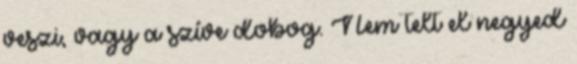
veszi, vagy a szíve dobog. Nem telt el negyed